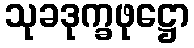
သုခဒုက္ခဖုဋ္ဌော